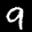
Label: 9